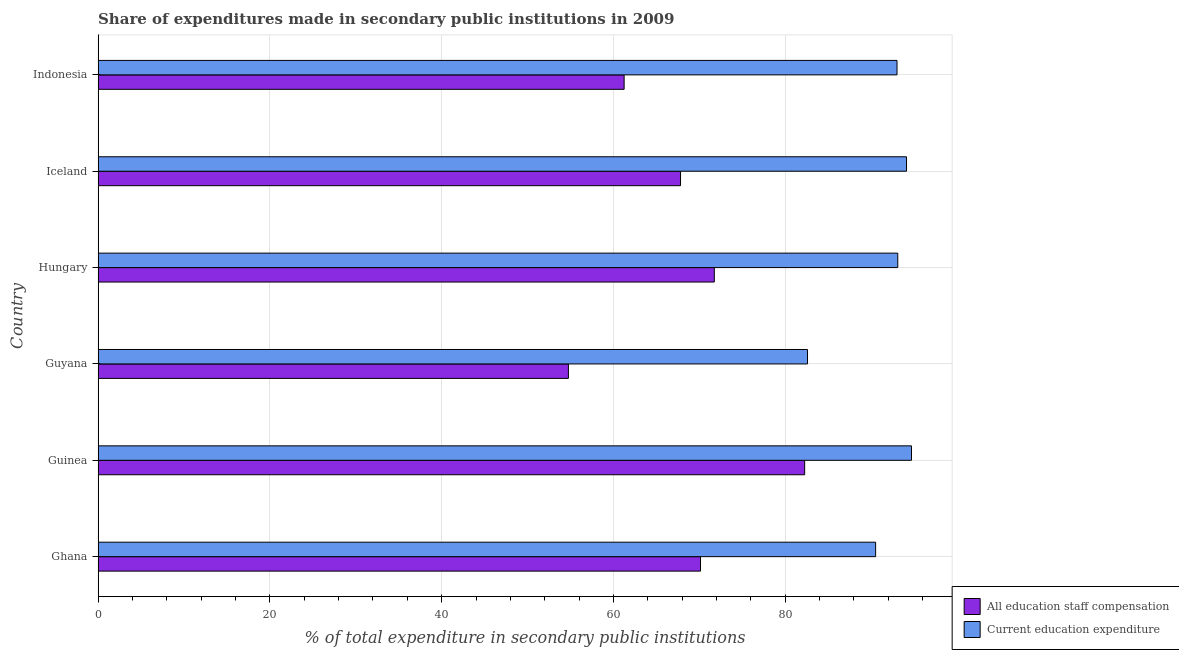
| Country | All education staff compensation | Current education expenditure |
 | --- | --- | --- |
 | Ghana | 70.1 | 90.5 |
 | Guinea | 82.3 | 94.7 |
 | Guyana | 54.8 | 82.6 |
 | Hungary | 71.7 | 93.1 |
 | Iceland | 67.8 | 94.1 |
 | Indonesia | 61.2 | 93 |